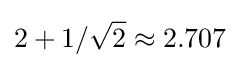
2+1/{\sqrt {2}}\approx 2.707